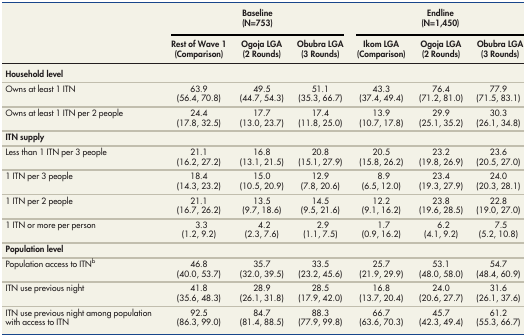
<table><thead><tr><td rowspan="2"></td><td colspan="3"><b>Baseline (N=753)</b></td><td colspan="3"><b>Endline (N=1,450)</b></td></tr><tr><td><b>Rest of Wave 1(Comparison)</b></td><td><b>Ogoja LGA(2 Rounds)</b></td><td><b>Obubra LGA(3 Rounds)</b></td><td><b>Ikom LGA(Comparison)</b></td><td><b>Ogoja LGA(2 Rounds)</b></td><td><b>Obubra LGA(3 Rounds)</b></td></tr></thead><tbody><tr><td><b>Household level</b></td><td></td><td></td><td></td><td></td><td></td><td></td></tr><tr><td>Owns at least 1 ITN</td><td>63.9 (56.4, 70.8)</td><td>49.5 (44.7, 54.3)</td><td>51.1 (35.3, 66.7)</td><td>43.3(37.4, 49.4)</td><td>76.4(71.2, 81.0)</td><td>77.9(71.5, 83.1)</td></tr><tr><td>Owns at least 1 ITN per 2 people</td><td>24.4 (17.8, 32.5)</td><td>17.7 (13.0, 23.7)</td><td>17.4 (11.8, 25.0)</td><td>13.9(10.7, 17.8)</td><td>29.9(25.1, 35.2)</td><td>30.3(26.1, 34.8)</td></tr><tr><td><b>ITN supply</b></td><td></td><td></td><td></td><td></td><td></td><td></td></tr><tr><td>Less than 1 ITN per 3 people</td><td>21.1(16.2, 27.2)</td><td>16.8 (13.1, 21.5)</td><td>20.8 (15.1, 27.9)</td><td>20.5(15.8, 26.2)</td><td>23.2(19.8, 26.9)</td><td>23.6(20.5, 27.0)</td></tr><tr><td>1 ITN per 3 people</td><td>18.4 (14.3, 23.2)</td><td>15.0(10.5, 20.9)</td><td>12.9(7.8, 20.6)</td><td>8.9(6.5, 12.0)</td><td>23.4(19.3, 27.9)</td><td>24.0(20.3, 28.1)</td></tr><tr><td>1 ITN per 2 people</td><td>21.1 (16.7, 26.2)</td><td>13.5 (9.7, 18.6)</td><td>14.5 (9.5, 21.6)</td><td>12.2(9.1, 16.2)</td><td>23.8(19.6, 28.5)</td><td>22.8(19.0, 27.0)</td></tr><tr><td>1 ITN or more per person</td><td>3.3 (1.2, 9.2)</td><td>4.2 (2.3, 7.6)</td><td>2.9 (1.1, 7.5)</td><td>1.7(0.9, 16.2)</td><td>6.2(4.1, 9.2)</td><td>7.5(5.2, 10.8)</td></tr><tr><td><b>Population level</b></td><td></td><td></td><td></td><td></td><td></td><td></td></tr><tr><td>Population access to ITN<sup>b</sup></td><td>46.8 (40.0, 53.7)</td><td>35.7 (32.0, 39.5)</td><td>33.5(23.2, 45.6)</td><td>25.7(21.9, 29.9)</td><td>53.1(48.0, 58.0)</td><td>54.7(48.4, 60.9)</td></tr><tr><td>ITN use previous night</td><td>41.8 (35.6, 48.3)</td><td>28.9 (26.1, 31.8)</td><td>28.5(17.9, 42.0)</td><td>16.8(13.7, 20.4)</td><td>24.0(20.6, 27.7)</td><td>31.6(26.1, 37.6)</td></tr><tr><td>ITN use previous night among population with access to ITN</td><td>92.5 (86.3, 99.0)</td><td>84.7 (81.4, 88.5)</td><td>88.3(77.9, 99.8)</td><td>66.7(63.6, 70.3)</td><td>45.7(42.3, 49.4)</td><td>61.2(55.3, 66.7)</td></tr></tbody></table>